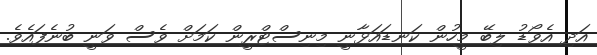
އަދި އެވޯޑު ލިބޭ މީހުން ކަނޑައަޅާނީ މިނިސްޓްރީން ކަމަށް ވެސް ވަނީ ބުނެފައެވެ.